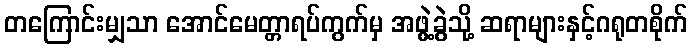
တကြောင်းမျှသာ အောင်မေတ္တာရပ်ကွက်မှ အဖွဲ့ခွဲသို့ ဆရာများနှင့်ဂရုတစိုက်